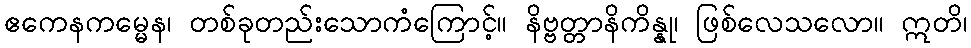
ဧကေနကမ္မေန၊ တစ်ခုတည်းသောကံကြောင့်။ နိဗ္ဗတ္တာနိကိန္နု၊ ဖြစ်လေသလော။ ဣတိ၊